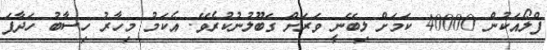
ފްލޯއަކުން 40000 ކަމަށް ލިބޭނީ ވަރަށް ގަބޫލުނުކުރެވޭ. އެކަމު މިހާރު ހިސާބު ހަދާފަ